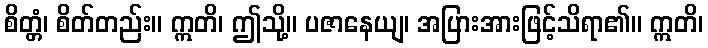
စိတ္တံ၊ စိတ်တည်း။ ဣတိ၊ ဤသို့။ ပဇာနေယျ၊ အပြားအားဖြင့်သိရာ၏။ ဣတိ၊